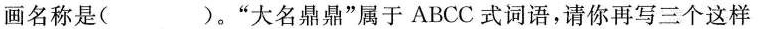
画名称是( )。”大名鼎鼎”属于ABCC式词语，请你再写三个这样